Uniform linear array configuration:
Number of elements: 48
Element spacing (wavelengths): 0.5
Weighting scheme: cosine
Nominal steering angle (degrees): -45
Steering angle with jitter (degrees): -46.255
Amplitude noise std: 0.05
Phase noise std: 0.05

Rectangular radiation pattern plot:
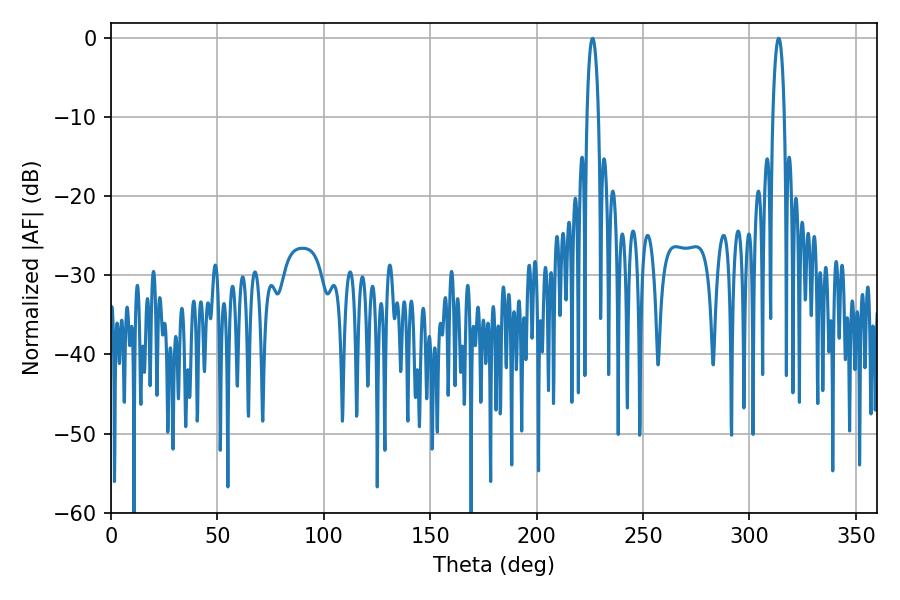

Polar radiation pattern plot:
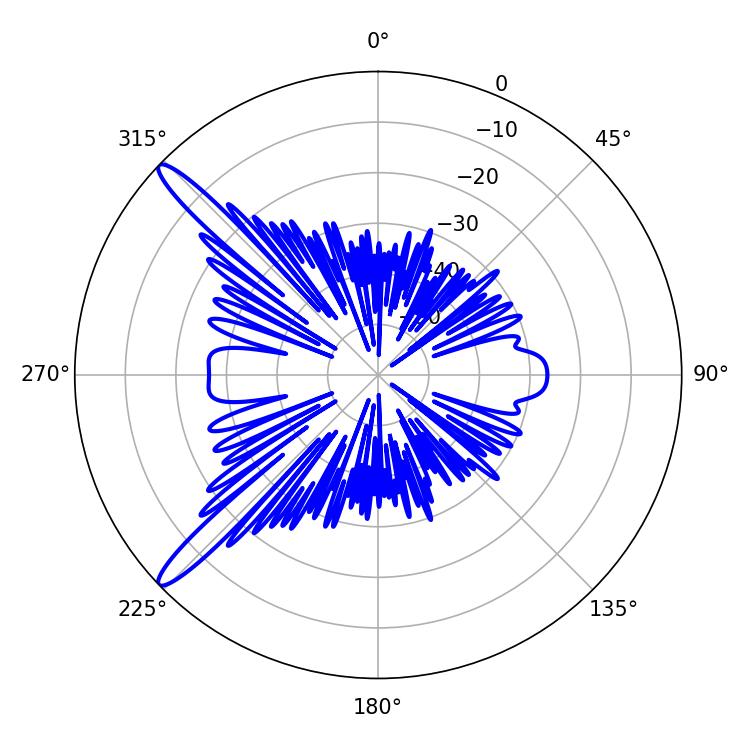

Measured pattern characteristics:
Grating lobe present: FALSE
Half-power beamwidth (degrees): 3.06
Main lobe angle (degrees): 226.26